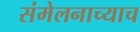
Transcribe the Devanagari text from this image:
संमेलनाच्याच